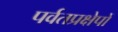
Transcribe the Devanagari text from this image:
पर्वतप्रक्षेपों